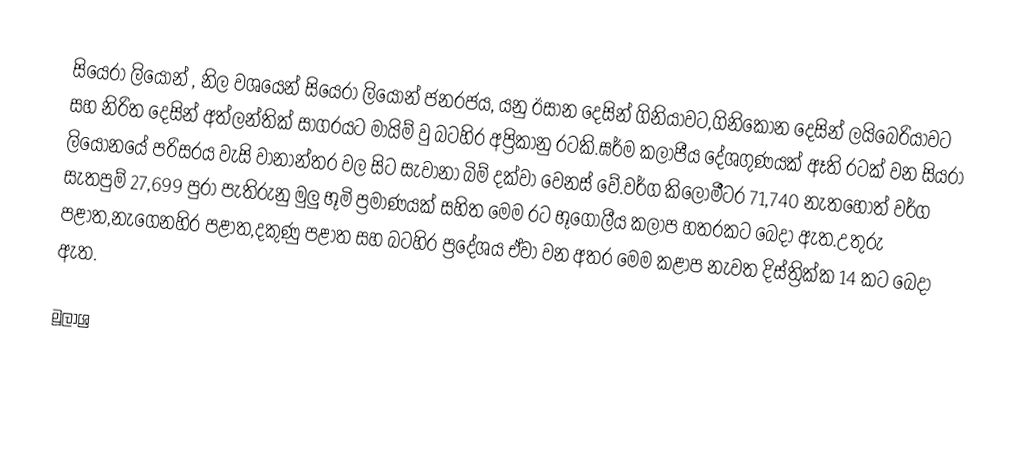
සියෙරා ලියෝන් , නිල වශයෙන් සියෙරා ලියෝන් ජනරජය, යනු ඊසාන දෙසින් ගිනියාවට,ගිනිකොන දෙසින් ලයිබෙරියාවට සහ නිරිත දෙසින් අත්ලන්තික් සාගරයට මායිම් වු බටහිර අප්‍රිකානු රටකි.ඝර්ම කලාපීය දේශගුණයක් ඈති රටක් වන සියරා ලියෝනයේ පරිසරය වැසි වානාන්තර වල සිට සැවානා බිම් දක්වා වෙනස් වේ.වර්ග කිලෝමීටර 71,740 නැතහොත් වර්ග සැතපුම් 27,699  පුරා පැතිරුනු මුලු භූමි ප්‍රමාණයක් සහිත මෙම රට භූගෝලීය කලාප හතරකට බෙදා ඇත.උතුරු පළාත,නැගෙනහිර පළාත,දකුණු පළාත සහ බටහිර ප්‍රදේශය ඒවා වන අතර මෙම කළාප නැවත දිස්ත්‍රික්ක 14 කට බෙදා ඇත.

මූලාශ්‍ර